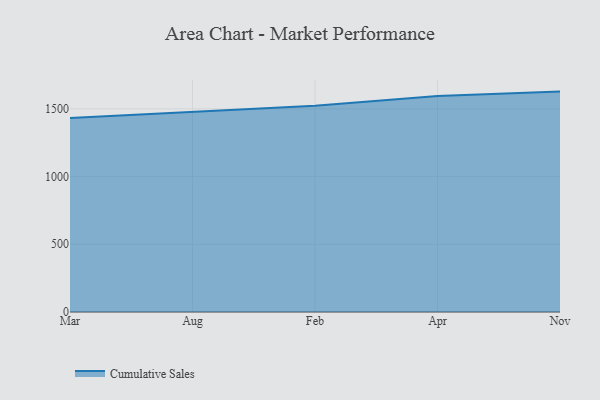
{"axis": {"x": "Month", "y": "Humidity (%)"}, "legend": ["Cumulative Sales"], "data": [{"x": "Mar", "y": 1432.1, "type": "Cumulative Sales"}, {"x": "Aug", "y": 1476.3, "type": "Cumulative Sales"}, {"x": "Feb", "y": 1522.7, "type": "Cumulative Sales"}, {"x": "Apr", "y": 1595.0, "type": "Cumulative Sales"}, {"x": "Nov", "y": 1627.4, "type": "Cumulative Sales"}]}